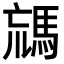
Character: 𩣐